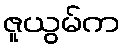
ဇူယွမ်က